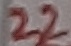
Text: 22